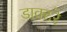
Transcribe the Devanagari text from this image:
डाक्टरे